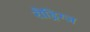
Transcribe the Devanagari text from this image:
रौड्रिग्ज